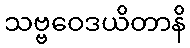
သဗ္ဗဝေဒယိတာနိ